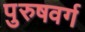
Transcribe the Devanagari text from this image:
पुरुषवर्ग